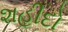
શહીદો